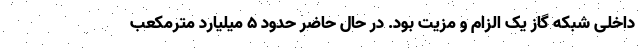
داخلی شبکه گاز یک الزام و مزیت بود. در حال حاضر حدود ۵ میلیارد مترمکعب